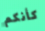
كأنكم